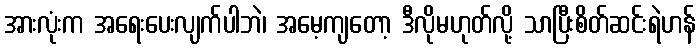
အားလုံးက အရေးပေးလျက်ပါဘဲ၊ အမေ့ကျတော့ ဒီလိုမဟုတ်လို့ သာပြီးစိတ်ဆင်းရဲဟန်